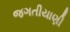
જગતીયાણી